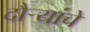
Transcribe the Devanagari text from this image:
दौर्‍यांचे